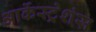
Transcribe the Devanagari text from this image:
आर्केस्ट्रेशंस